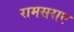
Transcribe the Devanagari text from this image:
रामसराए